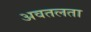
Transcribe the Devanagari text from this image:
अवतलता